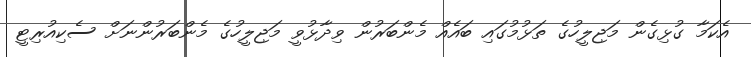
އެކަމާ ގުޅިގެން މަޖިލީހުގެ ތަޅުމުގައި ބައެއް މެންބަރުން ވިދާޅުވީ މަޖިލީހުގެ މެންބަރުންނަށް ސެކިއުރިޓީ